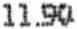
11.90